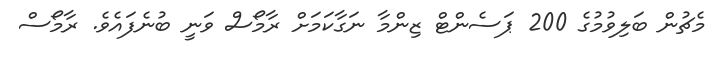
މެޗުން ބަލިވުމުގެ 200 ޕަސެންޓް ޒިންމާ ނަގާކަމަށް ރާމޯސް ވަނީ ބުނެފައެވެ. ރާމޯސް